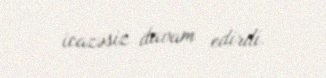
icazəsiz davam edirdi.